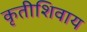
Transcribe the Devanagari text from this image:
कृतीशिवाय